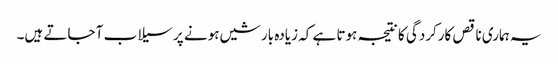
یہ ہماری ناقص کارکردگی کا نتیجہ ہوتا ہے کہ زیادہ بارشیں ہونے پر سیلاب آ جاتے ہیں۔